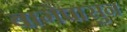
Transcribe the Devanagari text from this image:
बागेपासुन